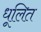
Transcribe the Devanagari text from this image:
धूलित